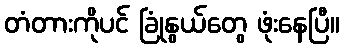
တံတားကိုပင် ခြုံနွယ်တွေ ဖုံးနေပြီ။